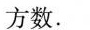
方数。